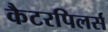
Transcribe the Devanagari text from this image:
कैटरपिलर्स